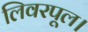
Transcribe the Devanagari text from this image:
लिवरपूल।